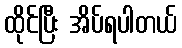
ထိုင်ပြီး အိပ်ရပါတယ်